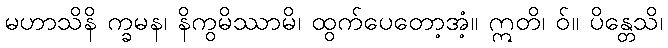
မဟာသိနိ က္ခမန၊ နိကွမိဿာမိ၊ ထွက်ပေတော့အံ့။ ဣတိ၊ ဝ်။ ပိန္တေသိ၊